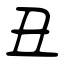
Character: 丑